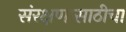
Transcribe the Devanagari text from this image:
संरक्षणासाठीचा